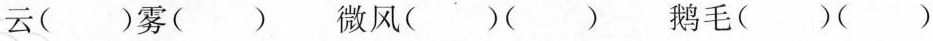
云( )雾( ) 微风( )( ) 鹅毛( )( )